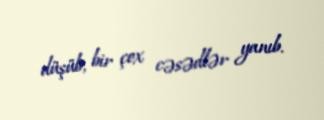
düşüb, bir çox cəsədlər yanıb.